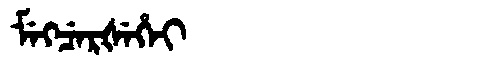
Manchu: ᠮᡝᡴᠴᡝᡵᡧᡝᡥᡝᡳ
Romanization: MEKCERŠEHEI